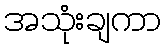
အသုံးချကာ